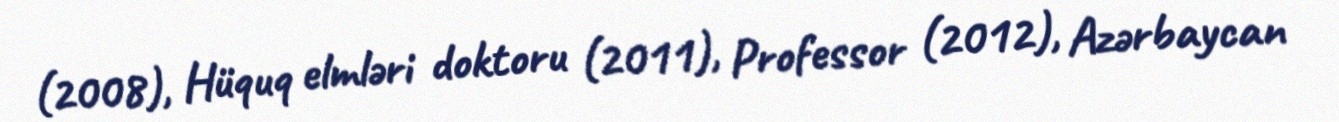
(2008), Hüquq elmləri doktoru (2011), Professor (2012), Azərbaycan